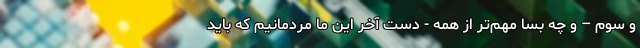
و سوم – و چه بسا مهم‌تر از همه - دستِ آخر این ما مردمانیم که باید